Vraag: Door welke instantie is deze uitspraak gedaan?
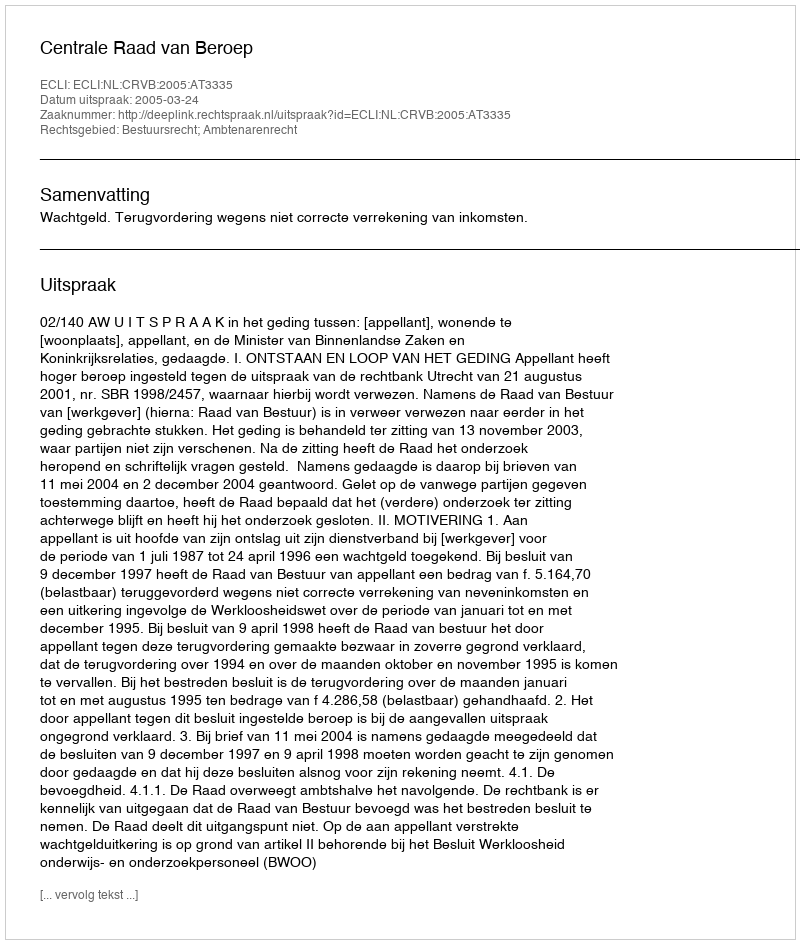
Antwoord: Centrale Raad van Beroep